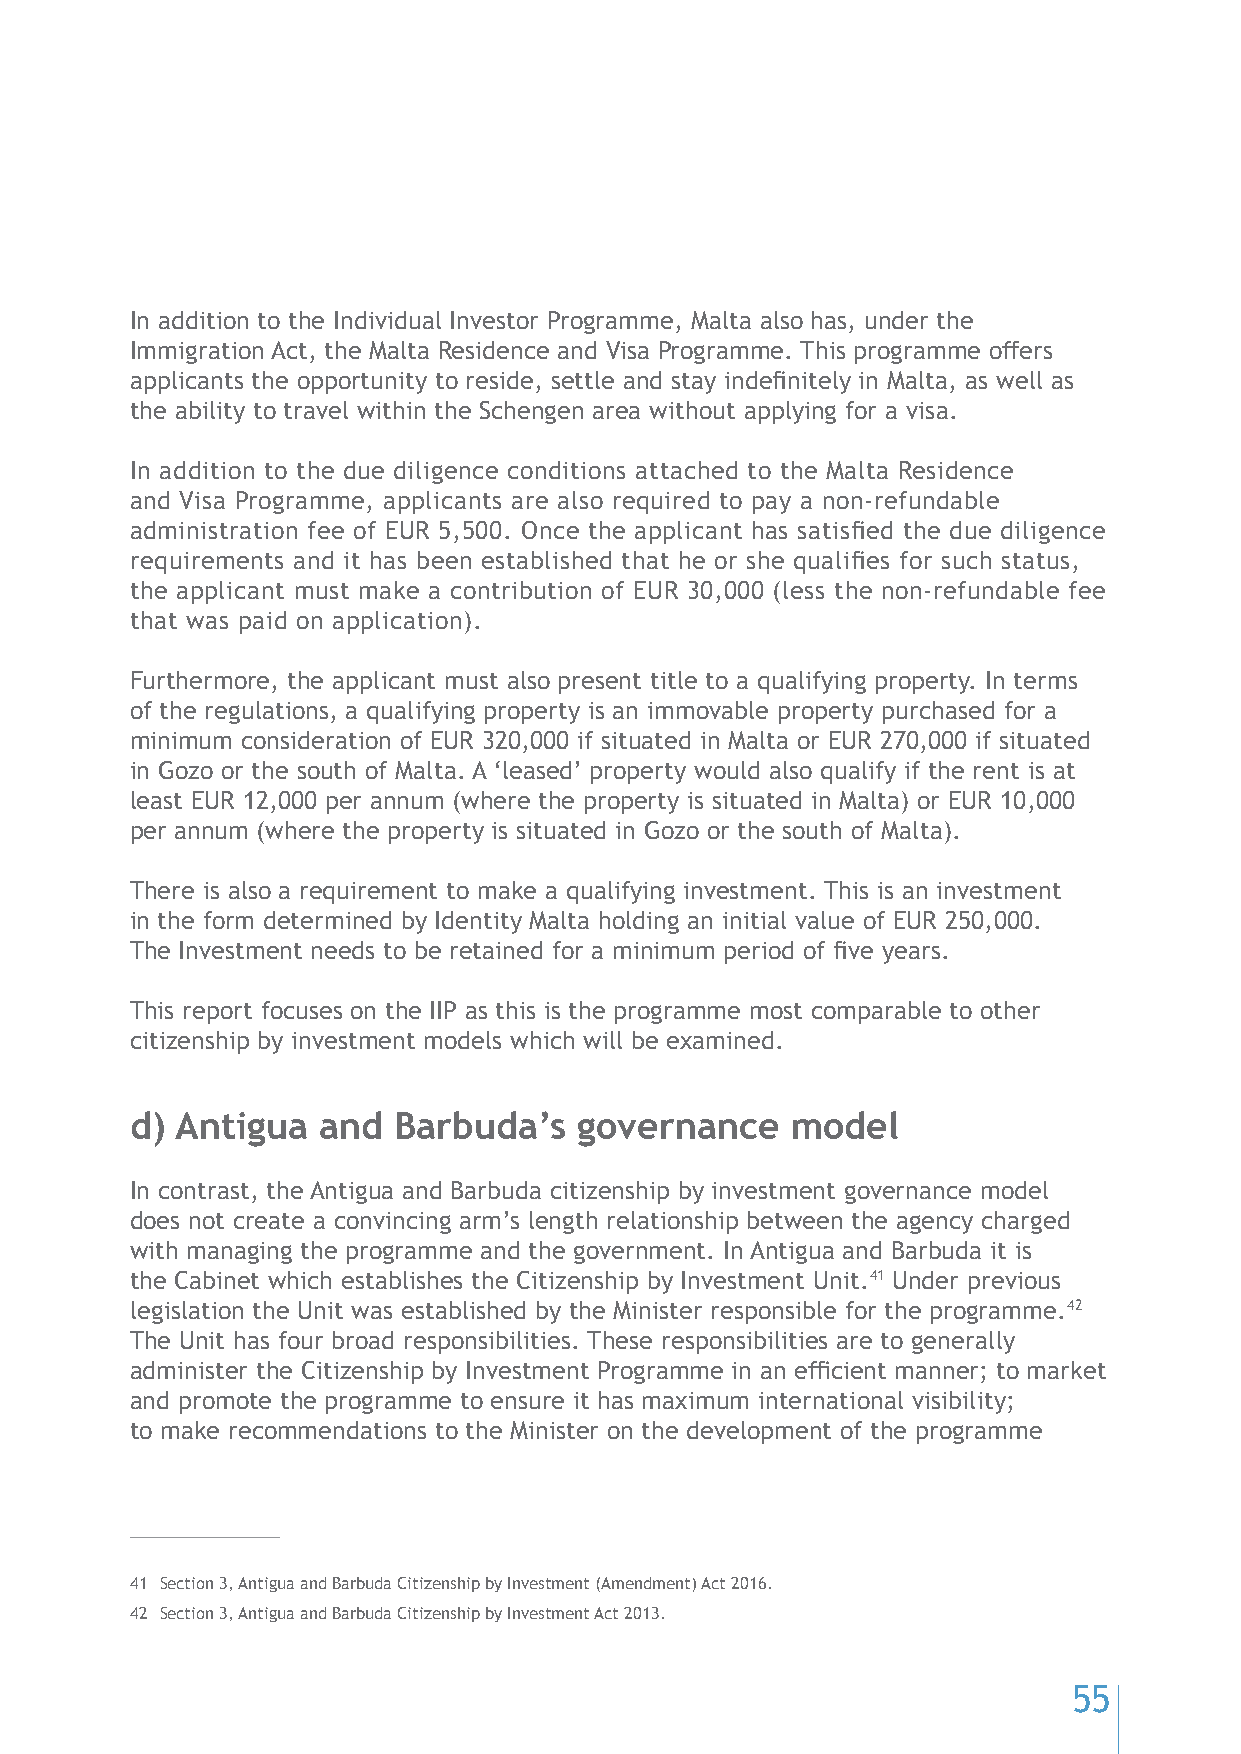
In addition to the Individual Investor Programme, Malta also has, under the
 Immigration Act, the Malta Residence and Visa Programme. This programme offers
 applicants the opportunity to reside, settle and stay indefinitely in Malta, as well as
 the ability to travel within the Schengen area without applying for a visa.
 In addition to the due diligence conditions attached to the Malta Residence
 and Visa Programme, applicants are also required to pay a non-refundable
 administration fee of EUR 5,500. Once the applicant has satisfied the due diligence
 requirements and it has been established that he or she qualifies for such status,
 the applicant must make a contribution of EUR 30,000 (less the non-refundable fee
 that was paid on application).
 Furthermore, the applicant must also present title to a qualifying property. In terms
 of the regulations, a qualifying property is an immovable property purchased for a
 minimum consideration of EUR 320,000 if situated in Malta or EUR 270,000 if situated
 in Gozo or the south of Malta. A ‘leased’ property would also qualify if the rent is at
 least EUR 12,000 per annum (where the property is situated in Malta) or EUR 10,000
 per annum (where the property is situated in Gozo or the south of Malta).
 There is also a requirement to make a qualifying investment. This is an investment
 in the form determined by Identity Malta holding an initial value of EUR 250,000.
 The Investment needs to be retained for a minimum period of five years.
 This report focuses on the IIP as this is the programme most comparable to other
 citizenship by investment models which will be examined.
 d) Antigua  and  Barbuda’s   governance    model
 In contrast, the Antigua and Barbuda citizenship by investment governance model
 does not create a convincing arm’s length relationship between the agency charged
 with managing the programme and the government. In Antigua and Barbuda it is
 the Cabinet which establishes the Citizenship by Investment Unit.41 Under previous
 legislation the Unit was established by the Minister responsible for the programme.42
 The Unit has four broad responsibilities. These responsibilities are to generally
 administer the Citizenship by Investment Programme in an efficient manner; to market
 and promote the programme to ensure it has maximum international visibility;
 to make recommendations to the Minister on the development of the programme
 41 Section 3, Antigua and Barbuda Citizenship by Investment (Amendment) Act 2016.
 42 Section 3, Antigua and Barbuda Citizenship by Investment Act 2013.
 55